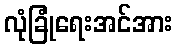
လုံခြုံရေးအင်အား